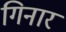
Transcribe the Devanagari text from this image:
गिनार